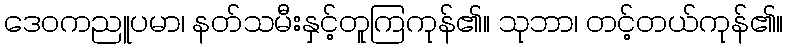
ဒေဝကညူပမာ၊ နတ်သမီးနှင့်တူကြကုန်၏။ သုဘာ၊ တင့်တယ်ကုန်၏။